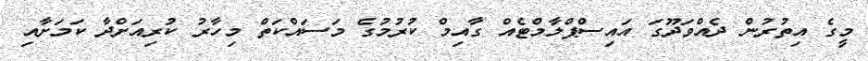
މީގެ އިތުރުން ދެއްވަދޫގަ އައިސްޕްލާމްޓެއް ގާއިމް ކުރުމުގެ މަސައްކަތް މިހާރު ކުރިއަށްދާ ކަމަށާއި